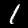
Digit: 1